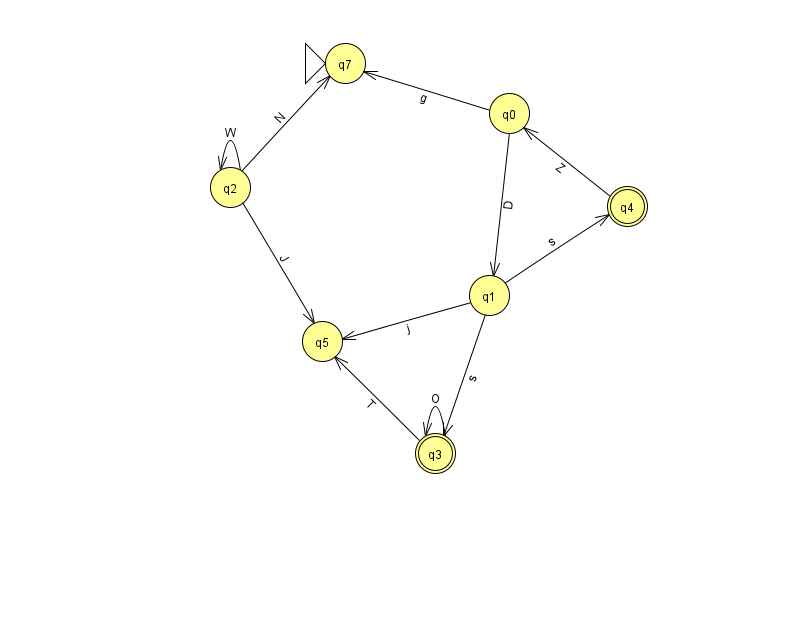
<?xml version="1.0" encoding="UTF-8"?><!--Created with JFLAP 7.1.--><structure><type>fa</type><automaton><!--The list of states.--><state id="0" name="q0"><x>509.0</x><y>100.0</y></state><state id="1" name="q1"><x>489.0</x><y>282.0</y></state><state id="2" name="q2"><x>230.0</x><y>174.0</y></state><state id="3" name="q3"><x>435.0</x><y>440.0</y><final/></state><state id="4" name="q4"><x>627.0</x><y>193.0</y><final/></state><state id="5" name="q5"><x>322.0</x><y>328.0</y></state><state id="7" name="q7"><x>345.0</x><y>50.0</y><initial/></state><!--The list of transitions.--><transition><from>2</from><to>5</to><read>J</read></transition><transition><from>2</from><to>7</to><read>N</read></transition><transition><from>2</from><to>2</to><read>W</read></transition><transition><from>0</from><to>1</to><read>D</read></transition><transition><from>1</from><to>4</to><read>s</read></transition><transition><from>0</from><to>7</to><read>g</read></transition><transition><from>1</from><to>5</to><read>j</read></transition><transition><from>3</from><to>5</to><read>T</read></transition><transition><from>1</from><to>3</to><read>s</read></transition><transition><from>3</from><to>3</to><read>O</read></transition><transition><from>4</from><to>0</to><read>Z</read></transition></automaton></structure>